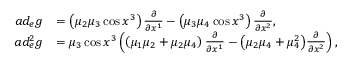
\begin{array} { r l } { a d _ { e } g } & { = \left( \mu _ { 2 } \mu _ { 3 } \cos x ^ { 3 } \right) \frac { \partial } { \partial x ^ { 1 } } - \left( \mu _ { 3 } \mu _ { 4 } \cos x ^ { 3 } \right) \frac { \partial } { \partial x ^ { 2 } } , } \\ { a d _ { e } ^ { 2 } g } & { = \mu _ { 3 } \cos x ^ { 3 } \left( \left( \mu _ { 1 } \mu _ { 2 } + \mu _ { 2 } \mu _ { 4 } \right) \frac { \partial } { \partial x ^ { 1 } } - \left( \mu _ { 2 } \mu _ { 4 } + \mu _ { 4 } ^ { 2 } \right) \! \frac { \partial } { \partial x ^ { 2 } } \right) , } \end{array}